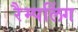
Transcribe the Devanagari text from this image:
रैम्पलिंग